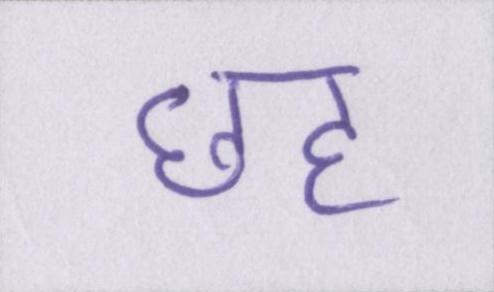
छह